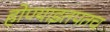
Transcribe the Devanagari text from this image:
होण्याइतपतच